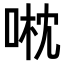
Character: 𠶍